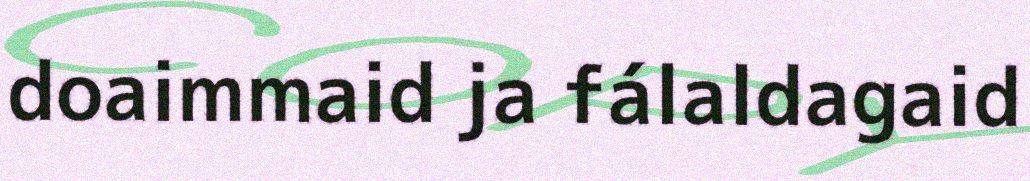
doaimmaid ja fálaldagaid